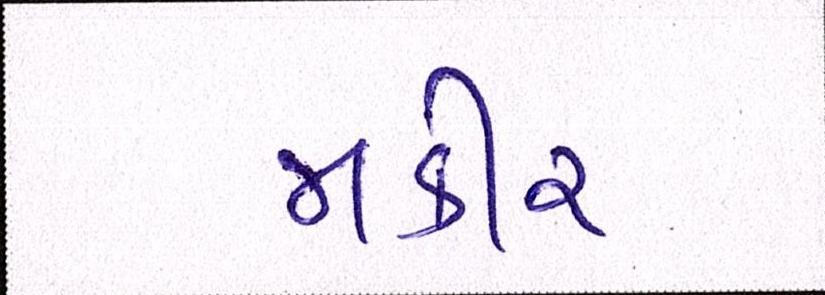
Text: જાકીર